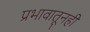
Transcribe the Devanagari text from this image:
प्रभावातूनही